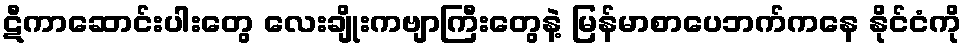
ဋီကာဆောင်းပါးတွေ လေးချိုးကဗျာကြီးတွေနဲ့ မြန်မာစာပေဘက်ကနေ နိုင်ငံကို